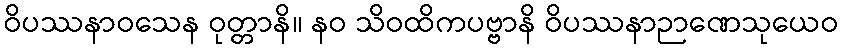
ဝိပဿနာဝသေန ဝုတ္တာနိ။ နဝ သိဝထိကပဗ္ဗာနိ ဝိပဿနာဉာဏေသုယေဝ